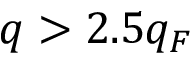
q > 2 . 5 q _ { F }